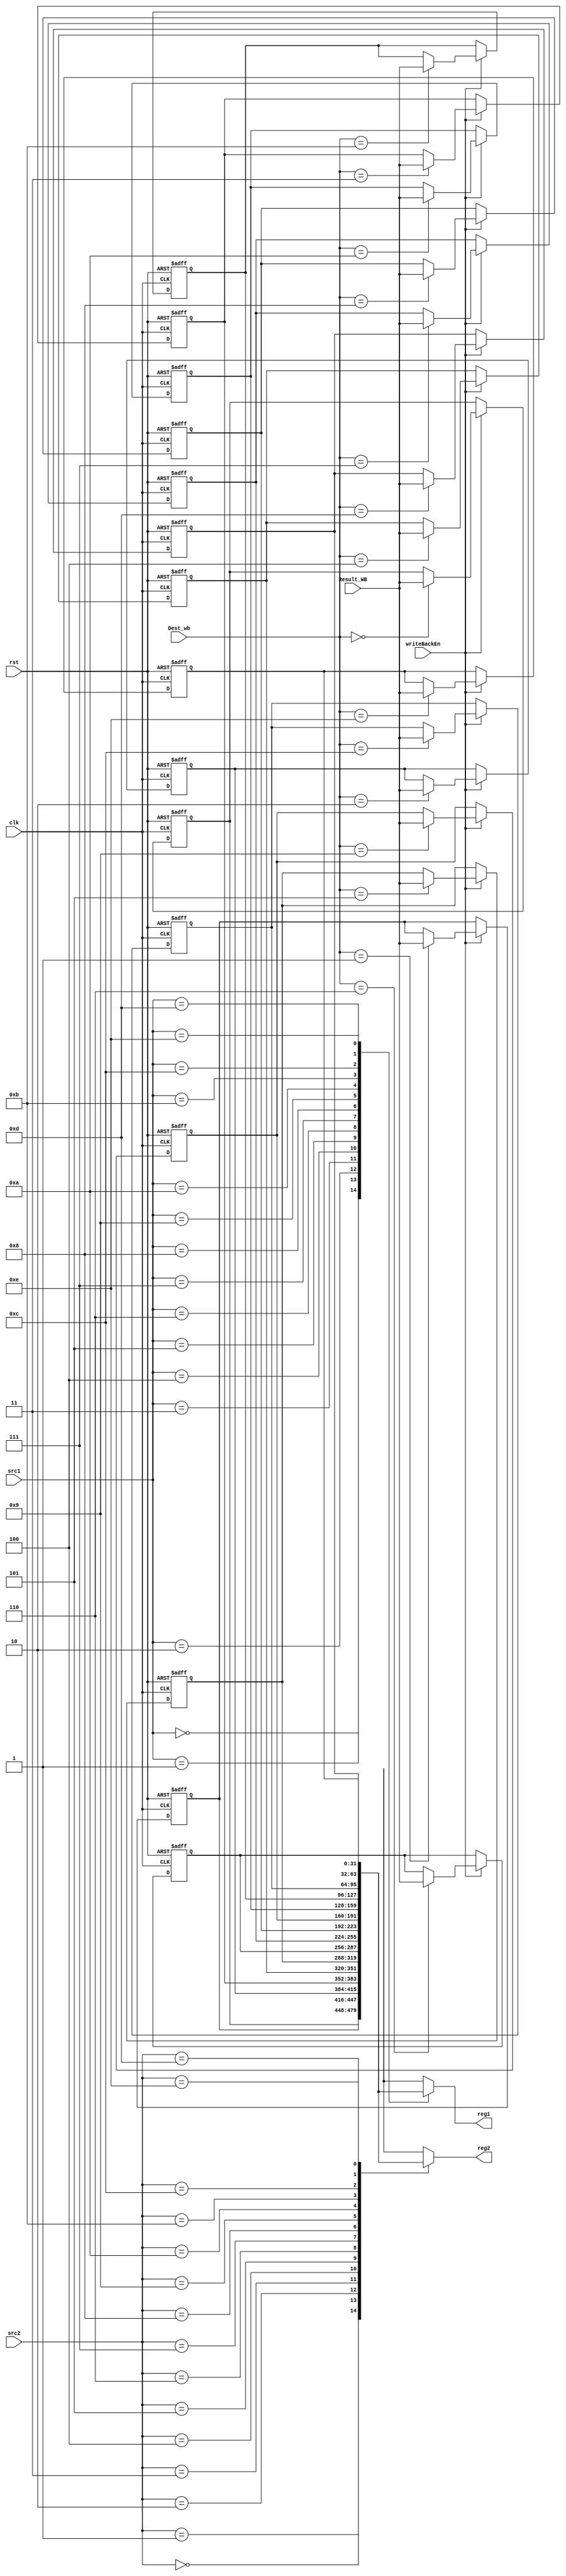
module RegisterFile #(parameter WIDTH=32)(
    input clk, rst,
    input [3:0] src1, src2, Dest_wb,
    input [WIDTH-1:0] Result_WB,
    input writeBackEn,
    output [WIDTH-1:0] reg1, reg2
);

    reg [WIDTH-1:0] registers [0:14];

    integer i;
    always@(negedge clk, posedge rst) begin
        if(rst) begin
            for(i = 0; i < 15; i = i + 1) begin
                registers[i] <= i;
            end
        end
        else if (writeBackEn) begin
            registers[Dest_wb] <= Result_WB;
        end
    end
    assign reg1 = registers[src1];
    assign reg2 = registers[src2];

endmodule